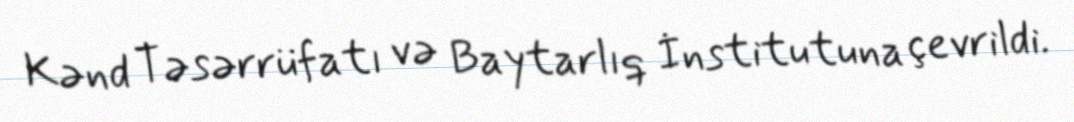
Kənd Təsərrüfatı və Baytarlıq İnstitutuna çevrildi.